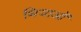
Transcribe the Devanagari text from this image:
थियाओं